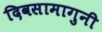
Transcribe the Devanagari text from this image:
दिवसामागुनी